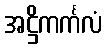
အဋ္ဌိကင်္ကလံ